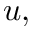
u ,